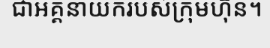
ជាអគ្គនាយករបស់ក្រុមហ៊ុន។